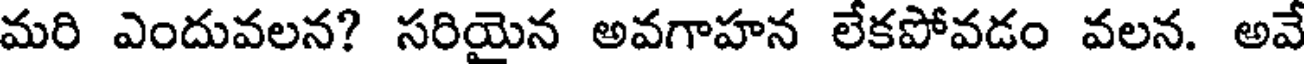
మరి ఎందువలన? సరియైన అవగాహన లేకపోవడం వలన. అవే